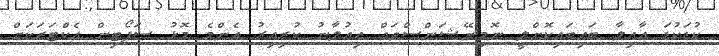
ކުޑަކުޑަ އާއިލާ ބައިބައިކޮށްލީ ނޮމިނޭޝަންސްތައް އިއުލާނު ކުރިއިރު އެންމެ މޮޅު ސަޕޯޓިން އެކްޓަރަކަށް